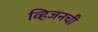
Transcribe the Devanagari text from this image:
व्हिजनची